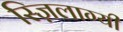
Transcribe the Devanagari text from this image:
स्ज़िलाग्यी